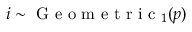
i \sim \mathrm { ~ G ~ e ~ o ~ m ~ e ~ t ~ r ~ i ~ c ~ } _ { 1 } ( p )